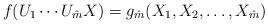
LaTeX: \begin{align*}f(U_1\cdots U_{\hat m} X)=g_{\hat m}(X_1,X_2,\ldots,X_{\hat m})\,\end{align*}